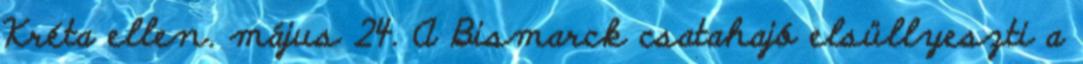
Kréta ellen. május 24. A Bismarck csatahajó elsüllyeszti a